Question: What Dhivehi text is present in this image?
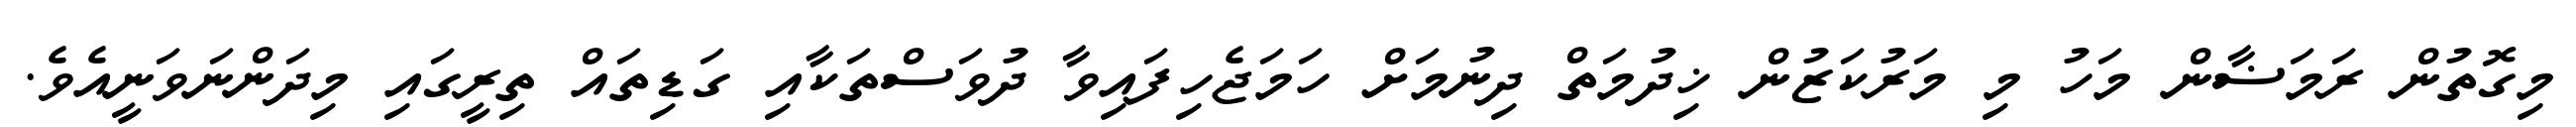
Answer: މިގޮތުން ރަމަޟާން މަހު މި މަރުކަޒުން ޚިދުމަތް ދިނުމަށް ހަމަޖެހިފައިވާ ދުވަސްތަކާއި ގަޑިތައް ތިރީގައި މިދަންނަވަނީއެވެ.